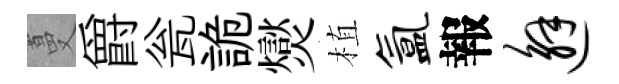
蔓爵瓮詭爕植氲報邂